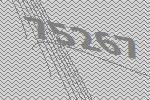
75267